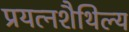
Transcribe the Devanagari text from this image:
प्रयत्नशैथिल्य